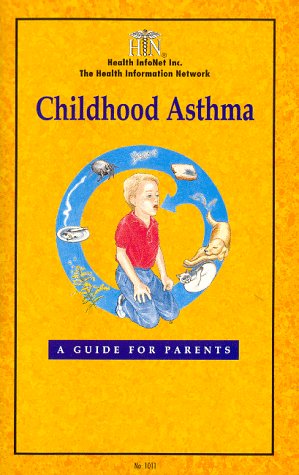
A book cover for Childhood Asthma: A Guide for Parents; P.A. Eggleston; Health, Fitness & Dieting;